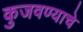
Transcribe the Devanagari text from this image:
कुजवण्याचे